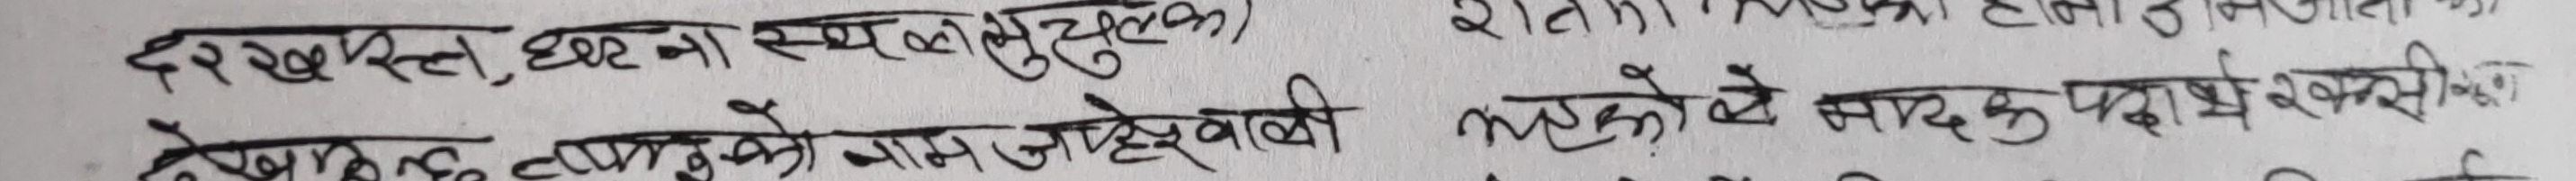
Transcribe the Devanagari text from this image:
देख्‌भस्त, घटना स्थल मुलुक)
देखभत्‌तु, टापुको ग्राम जहेसुर वासी नाटुको साथ कड़ाखसीका